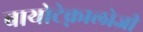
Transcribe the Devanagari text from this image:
बायोटेक्नालोजी